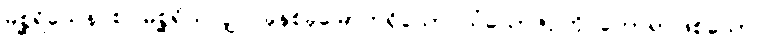
မစ္ဆရိယေန စ၊ မစ္ဆရိယလျှင် ခုနစ်ခုမြောက်ရှိသော သံယောဇဉ်ကို ဟောရာဖြစ်သော